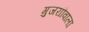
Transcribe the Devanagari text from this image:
गुजराौवाला